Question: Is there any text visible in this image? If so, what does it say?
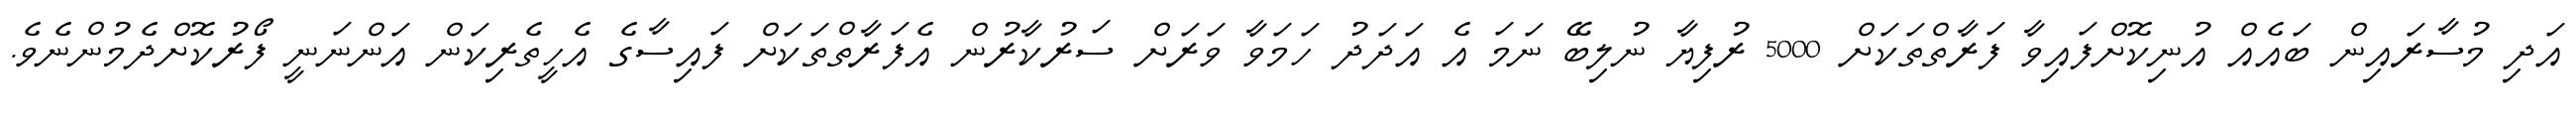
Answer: އަދި މުސާރައިން ބައެއް އުނިކޮށްފައިވާ ފަރާތްތަކަށް 5000 ރުފިޔާ ނުލިބޭ ނަމަ އެ އަދަދު ހަމަވާ ވަރަށް ސަރުކާރުން އެފަރާތްތަކަށް ފައިސާގެ އެހީތެރިކަން އަންނަނީ ފޯރުކޮށްދެމުންނެވެ.